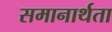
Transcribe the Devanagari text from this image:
समानार्थता